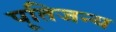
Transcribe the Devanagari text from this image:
पूतिजन्य